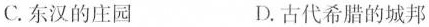
C.东汉的庄园 D.古代希腊的城邦